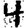
Digit: 4